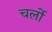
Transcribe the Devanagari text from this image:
चर्लो